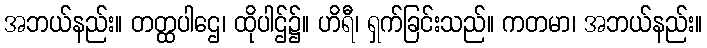
အဘယ်နည်း။ တတ္ထပါဌေ၊ ထိုပါဌ်၌။ ဟိရီ၊ ရှက်ခြင်းသည်။ ကတမာ၊ အဘယ်နည်း။